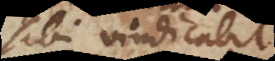
sibi vindicabit